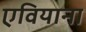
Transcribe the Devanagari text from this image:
एवियाना